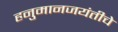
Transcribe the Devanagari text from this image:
हनुमानजयंतीचे